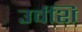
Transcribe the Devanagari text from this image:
उर्वशि